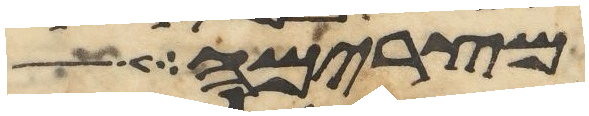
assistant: מצרימה